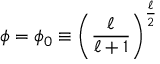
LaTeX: \phi = \phi _ { 0 } \equiv \left( \frac { \ell } { \ell + 1 } \right) ^ { \frac { \ell } { 2 } }